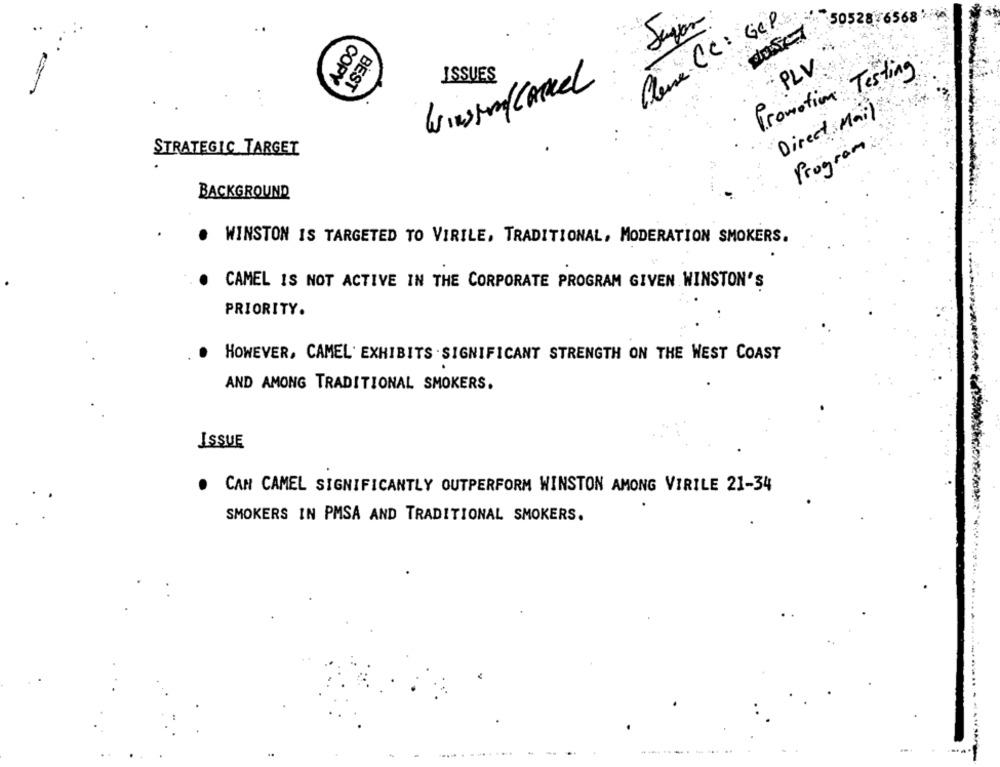
Plane CC : GCP
5052876568 110
PLV
ISSUES
Promotion Testing
COPY
BEST
Winston Cancel
Direct Mail
STRATEGIC TARGET
Program
BACKGROUND
. WINSTON IS TARGETED TO VIRILE, TRADITIONAL, MODERATION SMOKERS.
CAMEL IS NOT ACTIVE IN THE CORPORATE PROGRAM GIVEN WINSTON'S
PRIORITY.
HOWEVER, CAMEL' EXHIBITS . SIGNIFICANT STRENGTH ON THE WEST COAST
AND AMONG TRADITIONAL SMOKERS.
ISSUE
. CAN CAMEL SIGNIFICANTLY OUTPERFORM WINSTON AMONG VIRILE 21-34
SMOKERS IN PMSA AND TRADITIONAL SMOKERS.